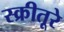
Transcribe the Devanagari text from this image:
स्क्रीतूरे